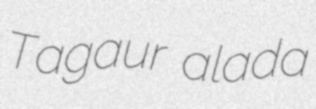
Tagaur alada